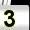
Digit: 3